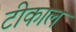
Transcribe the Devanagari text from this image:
टीकाल